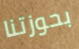
بحوزتنا